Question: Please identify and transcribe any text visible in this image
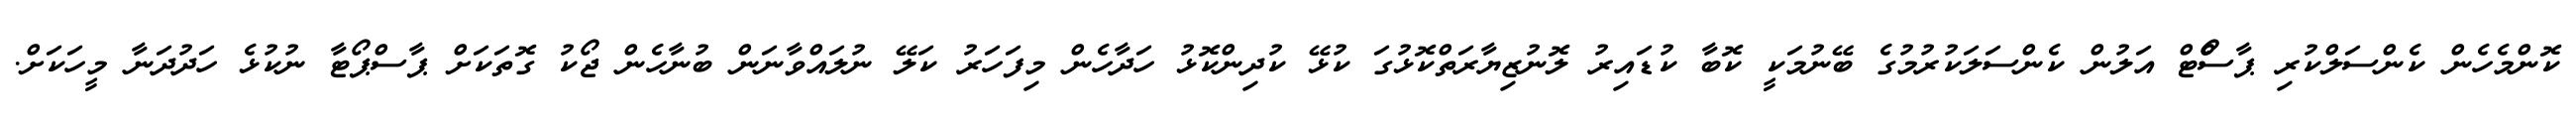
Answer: ކޮންމެހެން ކެންސަލްކުރި ޕާސްޯޓް އަލުން ކެންސަލަކުރުމުގެ ބޭނުމަކީ ކޮބާ ކުޑައިރު ލޮނުޒިޔާރަތްކޮޅުގަ ކުޅޭ ކުދިންކޮޅު ހަދާހެން މިފަހަރު ކަލޭ ނުލައްވާނަން ބުނާހެން ޖޯކު ގޮތަކަށް ޕާސްޕޯޓާ ނުކުޅެ ހަދުދަނާ މީހަކަށް.